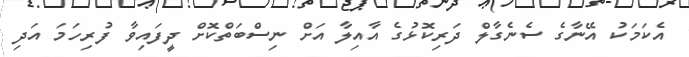
އެކަމަކު އޭނާގެ ސެނެގާލް ދަރިކޮޅުގެ އާއިލާ އަށް ނިސްބަތްކޮށް ދީފައިވާ ފުރިހަމަ އަދި